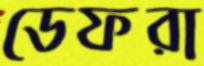
ডেফরা